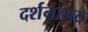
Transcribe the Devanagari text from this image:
दर्शनानद